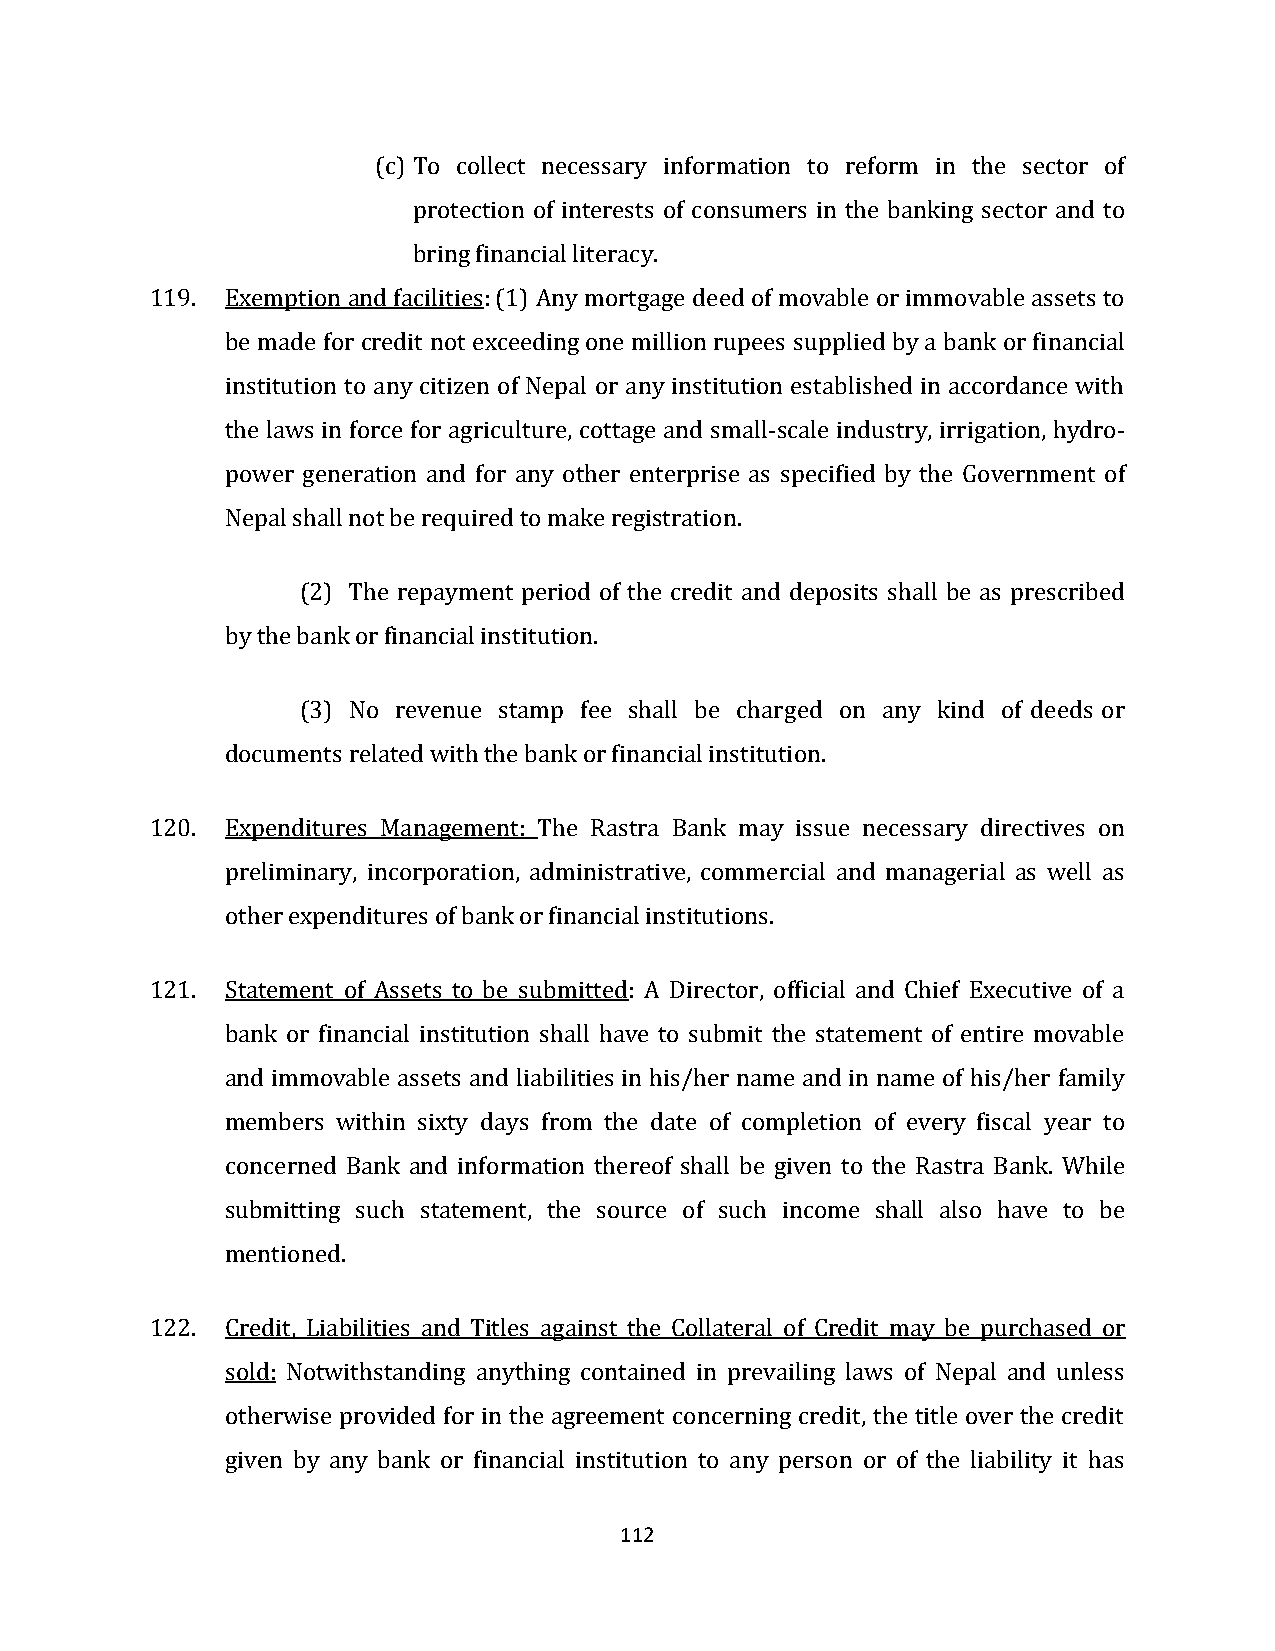
(c) To collect necessary information to reform in the sector of
 protection of interests of consumers in the banking sector and to
 bring financial literacy.
 119. Exemption and facilities: (1) Any mortgage deed of movable or immovable assets to
 be made for credit not exceeding one million rupees supplied by a bank or financial
 institution to any citizen of Nepal or any institution established in accordance with
 the laws in force for agriculture, cottage and small-scale industry, irrigation, hydro-
 power generation and for any other enterprise as specified by the Government of
 Nepal shall not be required to make registration.
 (2) The repayment period of the credit and deposits shall be as prescribed
 by the bank or financial institution.
 (3) No revenue stamp fee shall be charged on any kind of deeds or
 documents related with the bank or financial institution.
 120. Expenditures Management: The Rastra Bank may issue necessary directives on
 preliminary, incorporation, administrative, commercial and managerial as well as
 other expenditures of bank or financial institutions.
 121. Statement of Assets to be submitted: A Director, official and Chief Executive of a
 bank or financial institution shall have to submit the statement of entire movable
 and immovable assets and liabilities in his/her name and in name of his/her family
 members within sixty days from the date of completion of every fiscal year to
 concerned Bank and information thereof shall be given to the Rastra Bank. While
 submitting such statement, the source of such income shall also have to be
 mentioned.
 122. Credit, Liabilities and Titles against the Collateral of Credit may be purchased or
 sold: Notwithstanding anything contained in prevailing laws of Nepal and unless
 otherwise provided for in the agreement concerning credit, the title over the credit
 given by any bank or financial institution to any person or of the liability it has
 112